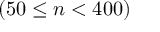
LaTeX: ( 5 0 \leq n < 4 0 0 )